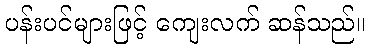
ပန်းပင်များဖြင့် ကျေးလက် ဆန်သည်။